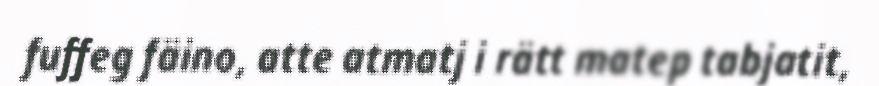
fuffeg fäino, atte atmatj i rätt matep tabjatit,